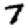
Digit: 7